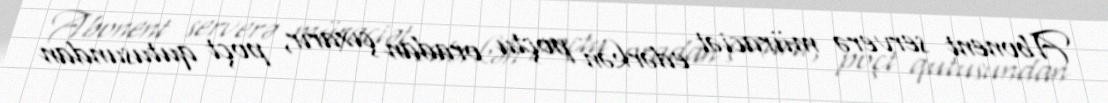
Abonent serverə müraciət edərkən poçtu oradan çıxarır, poçt qutusundan